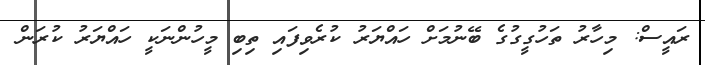
ރައީސް: މިހާރު ތަހުގީގުގެ ބޭނުމަށް ހައްޔަރު ކުރެވިފައި ތިބި މީހުންނަކީ ހައްޔަރު ކުރަން